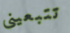
تتبعيني